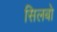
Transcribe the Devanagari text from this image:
सिलबो